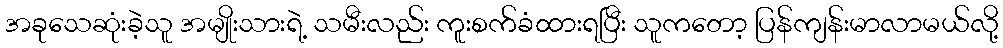
အခုသေဆုံးခဲ့သူ အမျိုးသားရဲ့ သမီးလည်း ကူးစက်ခံထားရပြီး သူကတော့ ပြန်ကျန်းမာလာမယ်လို့